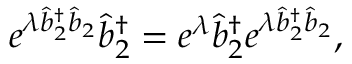
e ^ { \lambda \hat { b } _ { 2 } ^ { \dagger } \hat { b } _ { 2 } } \hat { b } _ { 2 } ^ { \dagger } = e ^ { \lambda } \hat { b } _ { 2 } ^ { \dagger } e ^ { \lambda \hat { b } _ { 2 } ^ { \dagger } \hat { b } _ { 2 } } ,